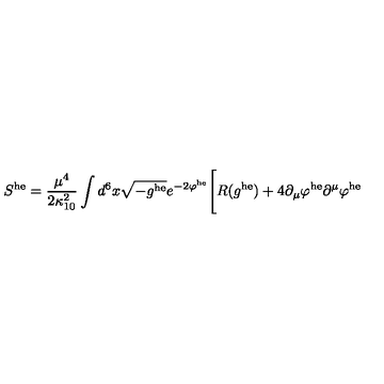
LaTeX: S ^ { \mathrm { h e } } = \frac { \mu ^ { 4 } } { 2 \kappa _ { 1 0 } ^ { 2 } } \int d ^ { 6 } x \sqrt { - g ^ { \mathrm { h e } } } e ^ { - 2 \varphi ^ { \mathrm { h e } } } \Bigg [ R ( g ^ { \mathrm { h e } } ) + 4 \partial _ { \mu } \varphi ^ { \mathrm { h e } } \partial ^ { \mu } \varphi ^ { \mathrm { h e } }